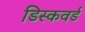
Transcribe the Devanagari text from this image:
डिस्कवर्ड